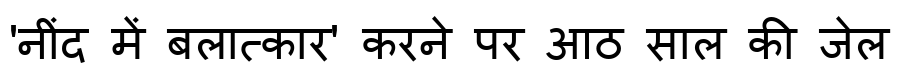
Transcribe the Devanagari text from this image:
'नींद में बलात्कार' करने पर आठ साल की जेल